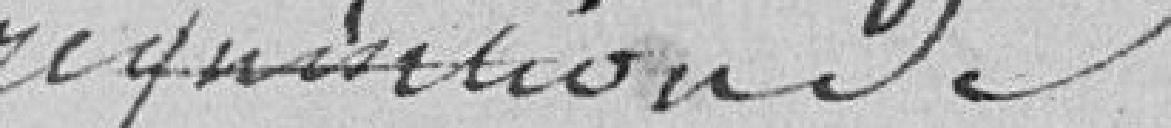
réquisition de